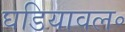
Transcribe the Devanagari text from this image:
घडियावल॰